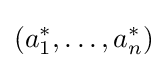
(a_{1}^{*},\ldots ,a_{n}^{*})